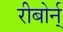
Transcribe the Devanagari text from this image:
रीबोर्न्